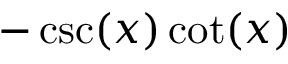
- \csc ( x ) \cot ( x )